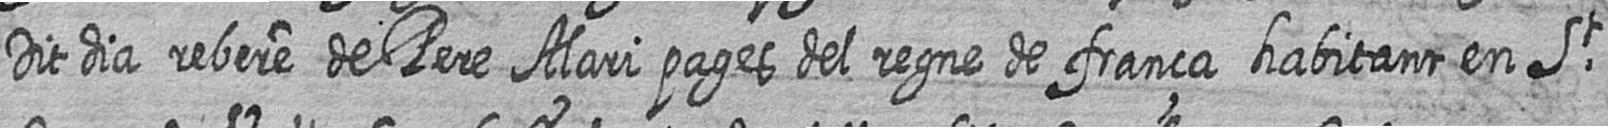
Dit dia rebere de Pere Alari pages del regne de frança habitant en St